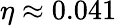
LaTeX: \eta\approx 0.041